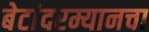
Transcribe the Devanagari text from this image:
बेटांदरम्यानचा